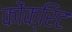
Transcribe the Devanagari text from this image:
कोंक्रिट